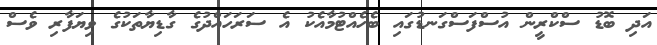
އަދި ބޮޑު ސްކްރީން އުސްފަސްގަނޑުގައި ބެހެއްޓުމާއެކު އެ ސަރަހައްދުގެ ގާޑިޔާތަކުގެ ވިޔަފާރި ވެސް